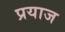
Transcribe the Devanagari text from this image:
प्रयाज